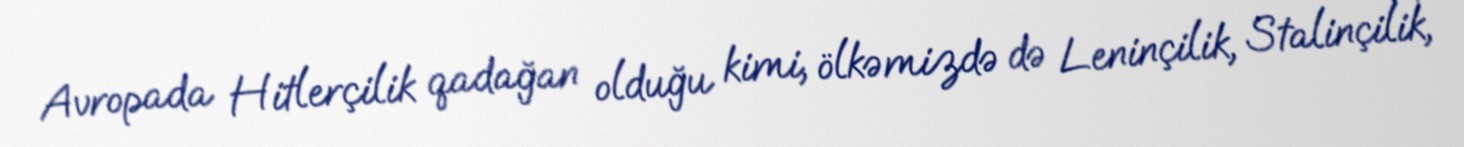
Avropada Hitlerçilik qadağan olduğu kimi, ölkəmizdə də Leninçilik, Stalinçilik,